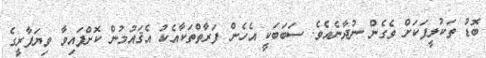
ބޮޑު ތަކުލީފަކަށް ވެގެން ނުދާނެއެވެ. ސަބަބަކީ އެހެން ފަރާތްތަކާއެކު އެޤައުމުން ކޮށްފައިވާ ވިޔަފާރީގެ